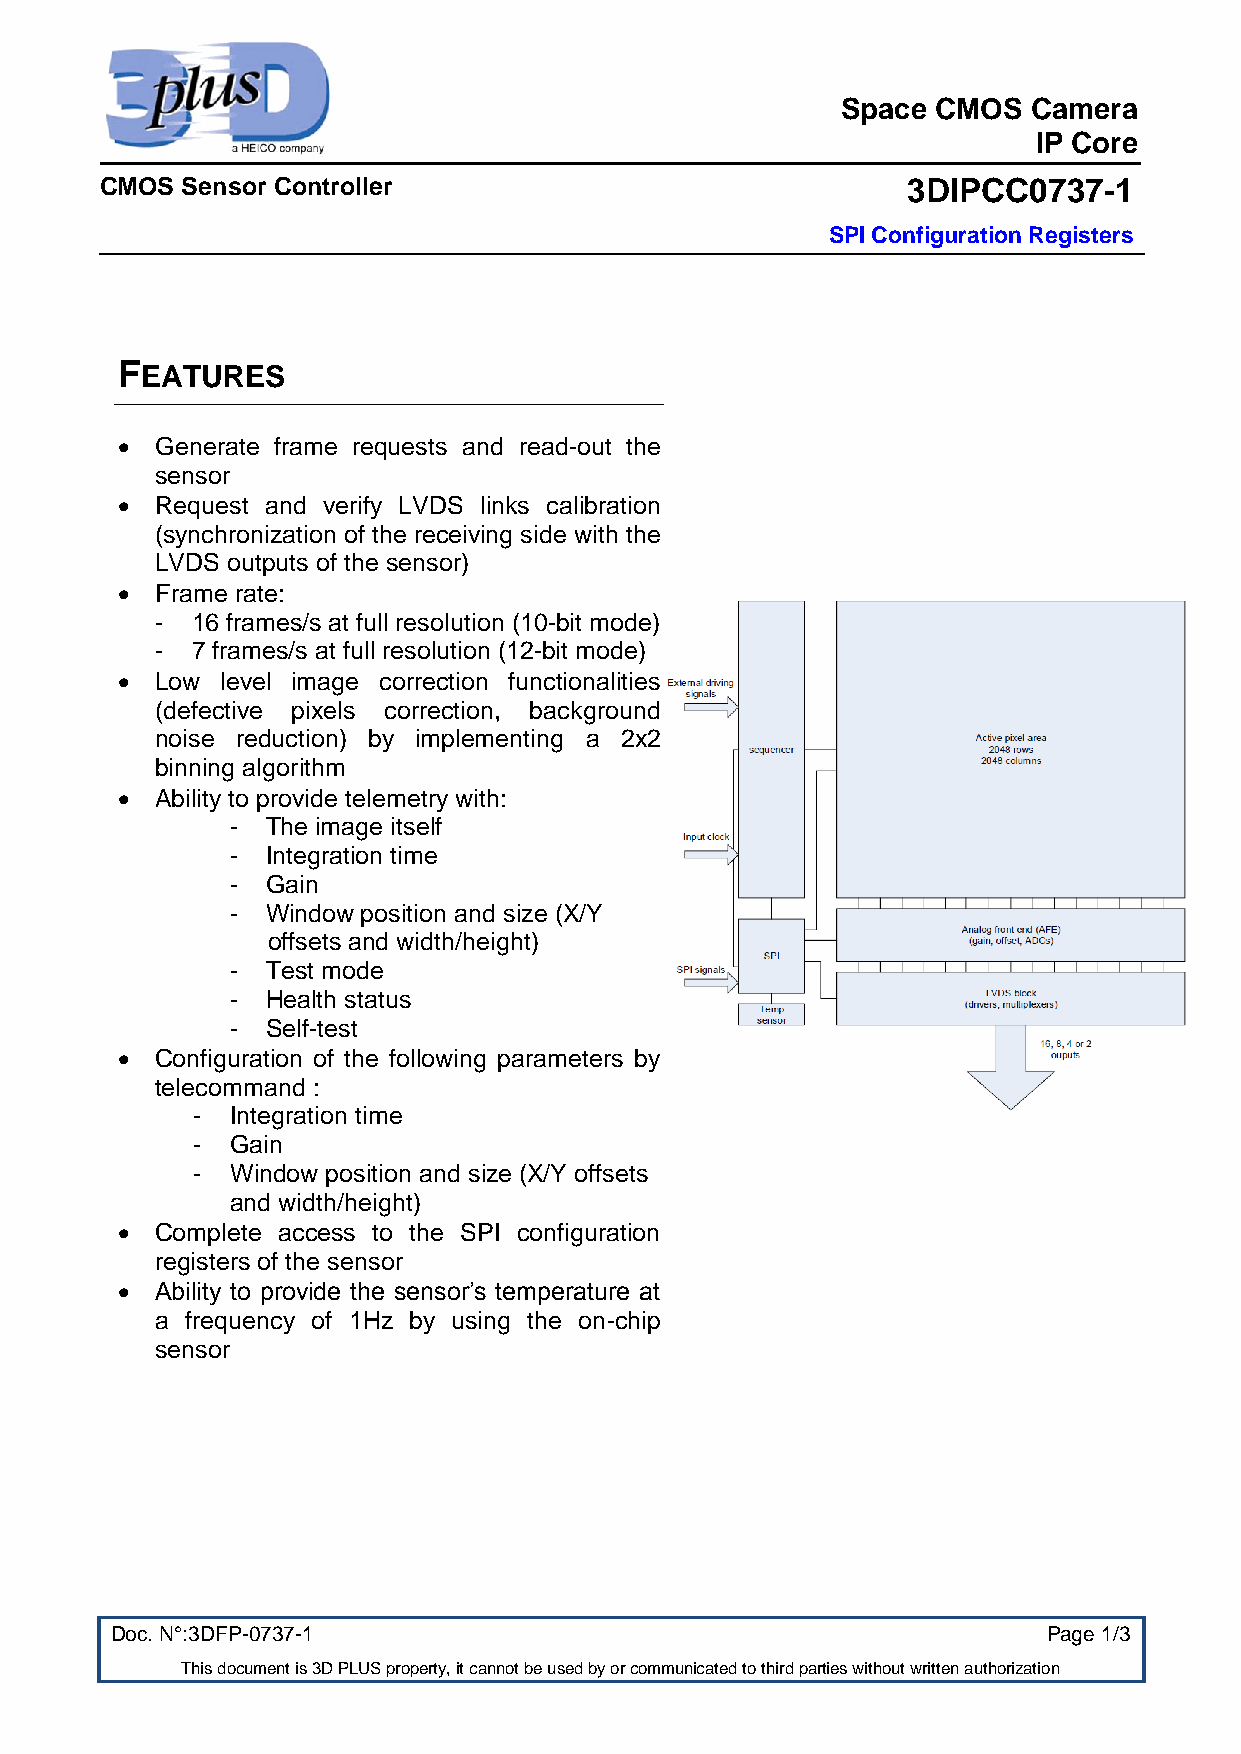
Space CMOS  Camera
 IP Core
 CMOS Sensor Controller                               3DIPCC0737-1
 SPI Configuration Registers
 FEATURES
  Generate frame requests and read-out the
 sensor
  Request and verify LVDS links calibration
 (synchronization of the receiving side with the
 LVDS outputs of the sensor)
  Frame rate:
 -  16 frames/s at full resolution (10-bit mode)
 -  7 frames/s at full resolution (12-bit mode)
  Low  level image correction functionalities
 (defective pixels correction, background
 noise reduction) by implementing a 2x2
 binning algorithm
  Ability to provide telemetry with:
 -  The image itself
 -  Integration time
 -  Gain
 -  Window position and size (X/Y
 offsets and width/height)
 -  Test mode
 -  Health status
 -  Self-test
  Configuration of the following parameters by
 telecommand :
 - Integration time
 - Gain
 - Window position and size (X/Y offsets
 and width/height)
  Complete access to the SPI configuration
 registers of the sensor
  Ability to provide the sensor’s temperature at
 a frequency of 1Hz by using the on-chip
 sensor
 Doc. N°:3DFP-0737-1                                           Page 1/3
 This document is 3D PLUS property, it cannot be used by or communicated to third parties without written authorization